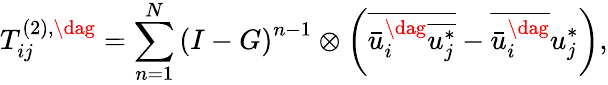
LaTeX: T_{ij}^{\left(2\right),\dag}=\sum_{n=1}^{N}{{{\left({I-G}\right)}^{n-1}}\otimes\left({\overline{{\bar{u}_{i}^{\dag}\overline{{u_{j}^{*}}}}}-\overline{{\bar{u}_{i}^{\dag}}}u_{j}^{*}}\right)},